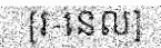
[រ-នេល]